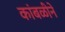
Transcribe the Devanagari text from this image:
कांबळीने